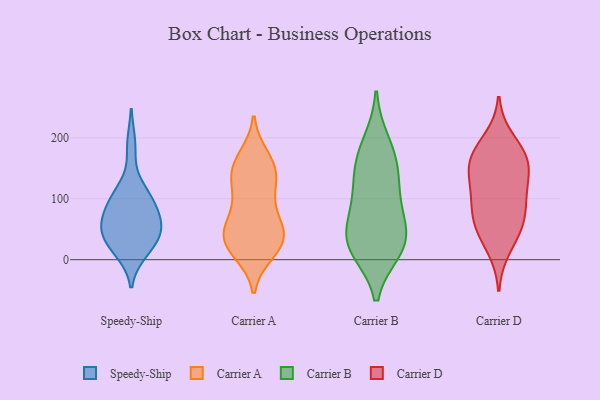
{"axis": {"x": "Customer Acquisition Cost (USD)", "y": "Value"}, "legend": ["Carrier A", "Carrier B", "Carrier D", "Speedy-Ship"], "data": [{"x": "", "y": 14, "type": "Speedy-Ship"}, {"x": "", "y": 188, "type": "Speedy-Ship"}, {"x": "", "y": 62, "type": "Speedy-Ship"}, {"x": "", "y": 30, "type": "Speedy-Ship"}, {"x": "", "y": 54, "type": "Speedy-Ship"}, {"x": "", "y": 112, "type": "Speedy-Ship"}, {"x": "", "y": 39, "type": "Speedy-Ship"}, {"x": "", "y": 20, "type": "Speedy-Ship"}, {"x": "", "y": 55, "type": "Speedy-Ship"}, {"x": "", "y": 59, "type": "Speedy-Ship"}, {"x": "", "y": 87, "type": "Speedy-Ship"}, {"x": "", "y": 99, "type": "Speedy-Ship"}, {"x": "", "y": 102, "type": "Speedy-Ship"}, {"x": "", "y": 40, "type": "Carrier A"}, {"x": "", "y": 20, "type": "Carrier A"}, {"x": "", "y": 99, "type": "Carrier A"}, {"x": "", "y": 146, "type": "Carrier A"}, {"x": "", "y": 21, "type": "Carrier A"}, {"x": "", "y": 36, "type": "Carrier A"}, {"x": "", "y": 77, "type": "Carrier A"}, {"x": "", "y": 49, "type": "Carrier A"}, {"x": "", "y": 152, "type": "Carrier A"}, {"x": "", "y": 117, "type": "Carrier A"}, {"x": "", "y": 168, "type": "Carrier A"}, {"x": "", "y": 132, "type": "Carrier A"}, {"x": "", "y": 53, "type": "Carrier A"}, {"x": "", "y": 38, "type": "Carrier A"}, {"x": "", "y": 13, "type": "Carrier A"}, {"x": "", "y": 154, "type": "Carrier A"}, {"x": "", "y": 155, "type": "Carrier B"}, {"x": "", "y": 123, "type": "Carrier B"}, {"x": "", "y": 76, "type": "Carrier B"}, {"x": "", "y": 48, "type": "Carrier B"}, {"x": "", "y": 27, "type": "Carrier B"}, {"x": "", "y": 103, "type": "Carrier B"}, {"x": "", "y": 18, "type": "Carrier B"}, {"x": "", "y": 34, "type": "Carrier B"}, {"x": "", "y": 192, "type": "Carrier B"}, {"x": "", "y": 164, "type": "Carrier B"}, {"x": "", "y": 17, "type": "Carrier B"}, {"x": "", "y": 198, "type": "Carrier D"}, {"x": "", "y": 144, "type": "Carrier D"}, {"x": "", "y": 164, "type": "Carrier D"}, {"x": "", "y": 175, "type": "Carrier D"}, {"x": "", "y": 109, "type": "Carrier D"}, {"x": "", "y": 160, "type": "Carrier D"}, {"x": "", "y": 161, "type": "Carrier D"}, {"x": "", "y": 18, "type": "Carrier D"}, {"x": "", "y": 51, "type": "Carrier D"}, {"x": "", "y": 52, "type": "Carrier D"}, {"x": "", "y": 74, "type": "Carrier D"}, {"x": "", "y": 119, "type": "Carrier D"}, {"x": "", "y": 102, "type": "Carrier D"}, {"x": "", "y": 67, "type": "Carrier D"}]}